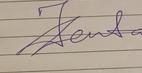
Signature authenticity: genuine